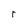
Character: r